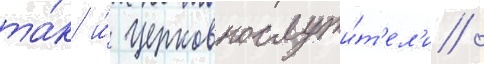
та́к и́ церковнослужи́т'ел'и /